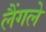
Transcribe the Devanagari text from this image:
लैंगले